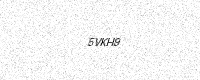
Text: 5VKH9